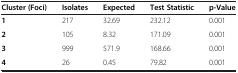
<table><thead><tr><td><b>Cluster (Foci)</b></td><td><b>Isolates</b></td><td><b>Expected</b></td><td><b>Test Statistic</b></td><td><b>p-Value</b></td></tr></thead><tbody><tr><td><b>1</b></td><td>217</td><td>32.69</td><td>232.12</td><td>0.001</td></tr><tr><td><b>2</b></td><td>105</td><td>8.32</td><td>171.09</td><td>0.001</td></tr><tr><td><b>3</b></td><td>999</td><td>571.9</td><td>168.66</td><td>0.001</td></tr><tr><td><b>4</b></td><td>26</td><td>0.45</td><td>79.82</td><td>0.001</td></tr></tbody></table>